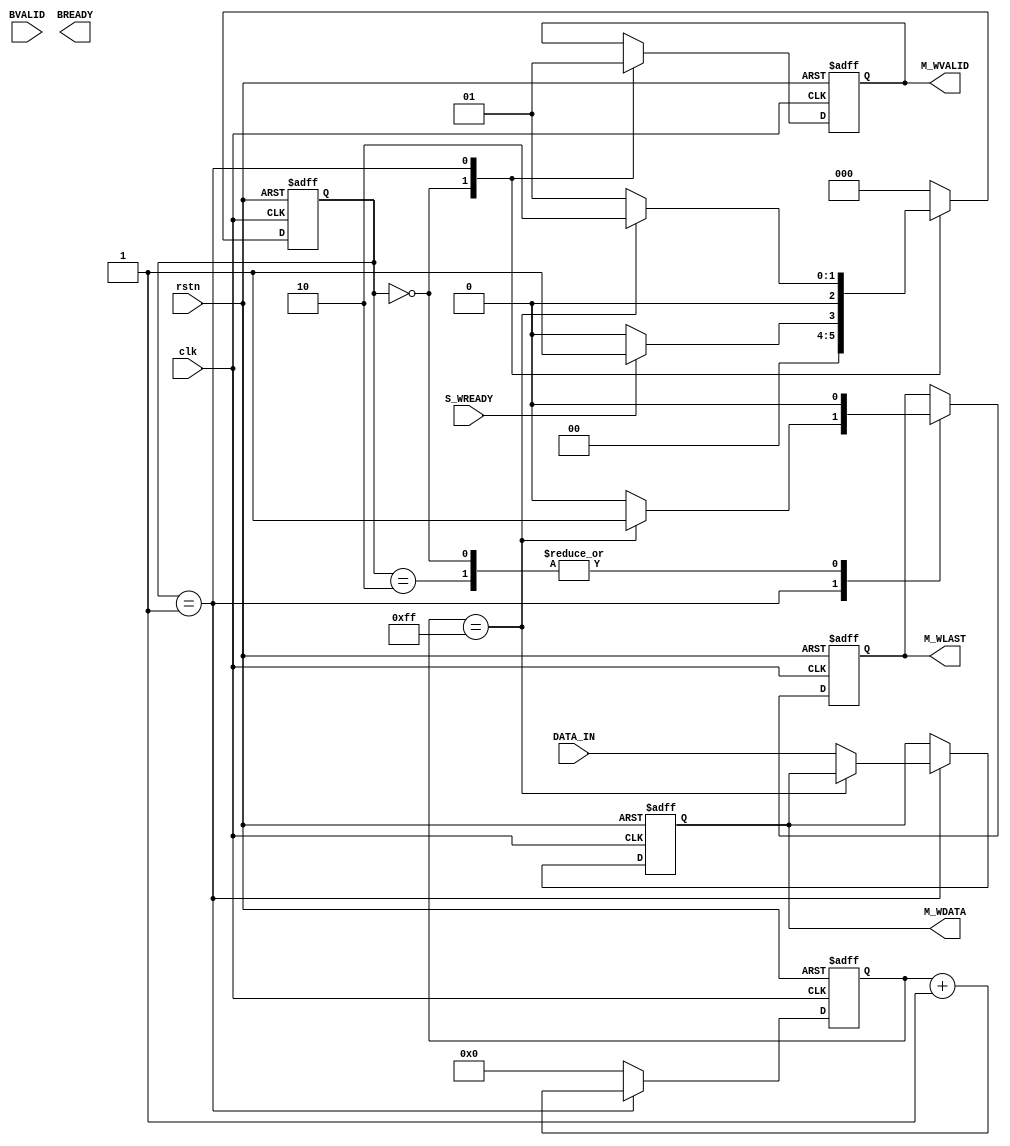
module axi_master#(
	parameter data_len=256
)
(

	input clk,
	input rstn,
	input [31:0] DATA_IN,
	
	output reg[31:0] M_WDATA,
	output   reg     M_WLAST,
	output    reg    M_WVALID,//
	
	
	input         S_WREADY,//
	//input         M_tlast,
	
	//WRITE RESPONSE CHANNEL
   input BVALID,
   output reg BREADY
);

//
reg [2:0]Wstate;
localparam w_init=3'd0,
           wdata_start=3'd1,
		   write_last=3'd2;    
		   
	reg [7:0] count;	
	always@(posedge clk or negedge rstn)begin
		if(!rstn)
			count<=8'd0;
		else if(Wstate==wdata_start)
					count<=count+1'b1;
		else 
			count<=8'b0;		
	end
	
	always@(posedge clk or negedge rstn)begin
		if(!rstn)begin
			 Wstate<=w_init;
			 M_WVALID<=1'b0;
			 M_WLAST<= 1'b0;
			 M_WDATA<=32'd0;
		end
			  //write
		else begin
			case(Wstate)	 
			w_init:
				begin
					M_WVALID<=1'b0;
					M_WLAST<= 1'b0;
					if(S_WREADY)
						Wstate<=wdata_start;
					else
						Wstate<=w_init;	
				end
			wdata_start:
				begin
					M_WVALID<=1'b1;
					if(count ==8'd255)	
						begin
							M_WLAST<=1'b1;
							Wstate<=write_last;
						end
					else
						begin
							M_WDATA<=DATA_IN;
							M_WLAST<=1'b0;	
							Wstate<=wdata_start;
						end		
				end
			write_last:
					begin
						M_WLAST<=1'b0;
						Wstate<=w_init;
					end		
			default
				Wstate<=w_init;						
			endcase
		end
	end
endmodule